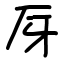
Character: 厊